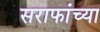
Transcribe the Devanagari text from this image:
सराफांच्या